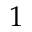
1